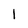
Character: 1